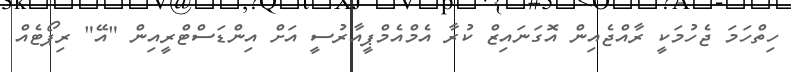
ހިތްހަމަ ޖެހުމަކީ ރާއްޖެއިން އޮގަނައިޒް ކުރާ އެމްއެމްޕީއާރުސީ އަށް އިންޑަސްޓްރީއިން "އޭ" ރިޕޯޓެއް